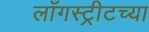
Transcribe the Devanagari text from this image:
लाँगस्ट्रीटच्या